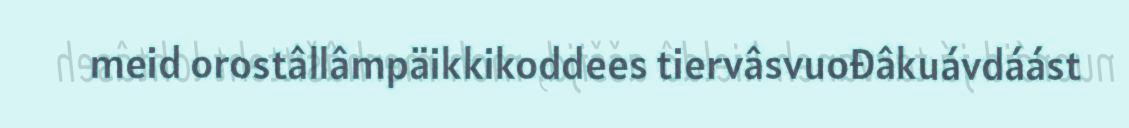
meid orostâllâmpäikkikoddees tiervâsvuođâkuávdáást